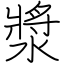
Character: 漿